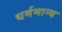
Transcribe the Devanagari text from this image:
धर्ममान्य